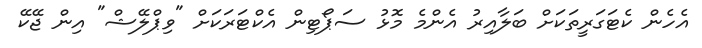
އެހެން ކެޓަގަރީތަކަށް ބަލާއިރު އެންމެ މޮޅު ސަޕޯޓިން އެކްޓަރަކަށް "ވިޕްލޭޝް" އިން ޖޭކޭ